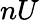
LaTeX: nU